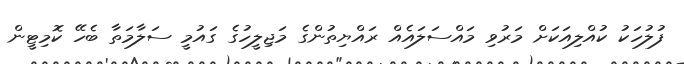
ފުލުހަކު ކުއްލިއަކަށް މަރުވި މައްސަލައެއް ރައްޔިތުންގެ މަޖިލީހުގެ ގައުމީ ސަލާމަތާ ބެހޭ ކޮމިޓީން